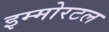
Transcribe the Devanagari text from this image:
इम्मोरटल